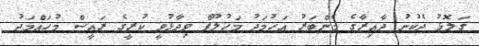
ގަލޮޅު ދެކުނު ދާއިރާގެ މެންބަރު އަހުމަދު މަހުލޫފް ވިދާޅުވީ ކުރީގެ ރައީސް މުހައްމަދު